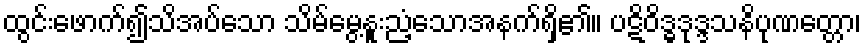
ထွင်းဖောက်၍သိအပ်သော သိမ်မွေ့နူးညံ့သောအနက်ရှိ၏။ ပဋိဝိဒ္ဓဒုဒ္ဒသနိပုဏတ္တော၊